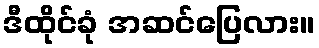
ဒီထိုင်ခုံ အဆင်ပြေလား။